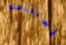
إستخدمت